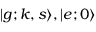
| g ; { \boldsymbol { k } } , s \rangle , | e ; 0 \rangle